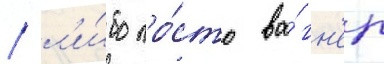
/ л'и́бо про́сто ва́гн'ер